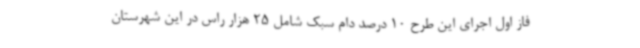
فاز اول اجرای این طرح 10 درصد دام سبک شامل 25 هزار راس در این شهرستان